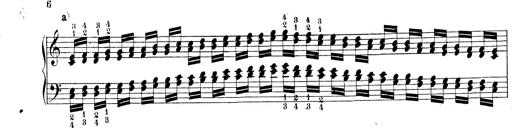
Title: Technische Studien
Composer: Franz Liszt